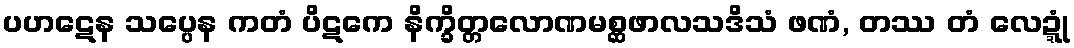
ပဟဋေန သပ္ပေန ကတံ ပိဋကေ နိက္ခိတ္တလောဏမစ္ဆဖာလသဒိသံ ဖဏံ, တဿ တံ လေဍ္ဍုံ